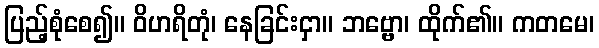
ပြည့်စုံစေ၍။ ဝိဟရိတုံ၊ နေခြင်းငှာ။ ဘဗ္ဗော၊ ထိုက်၏။ ကတမေ၊